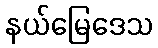
နယ်မြေဒေသ